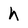
Character: h